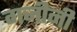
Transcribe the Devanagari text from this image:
गजीनी